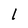
Character: l